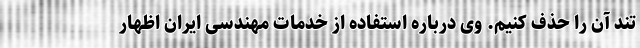
تند آن را حذف کنیم. وی درباره استفاده از خدمات مهندسی ایران اظهار